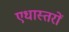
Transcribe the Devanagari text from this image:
एधास्तरों